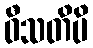
ဝီသတိပိ